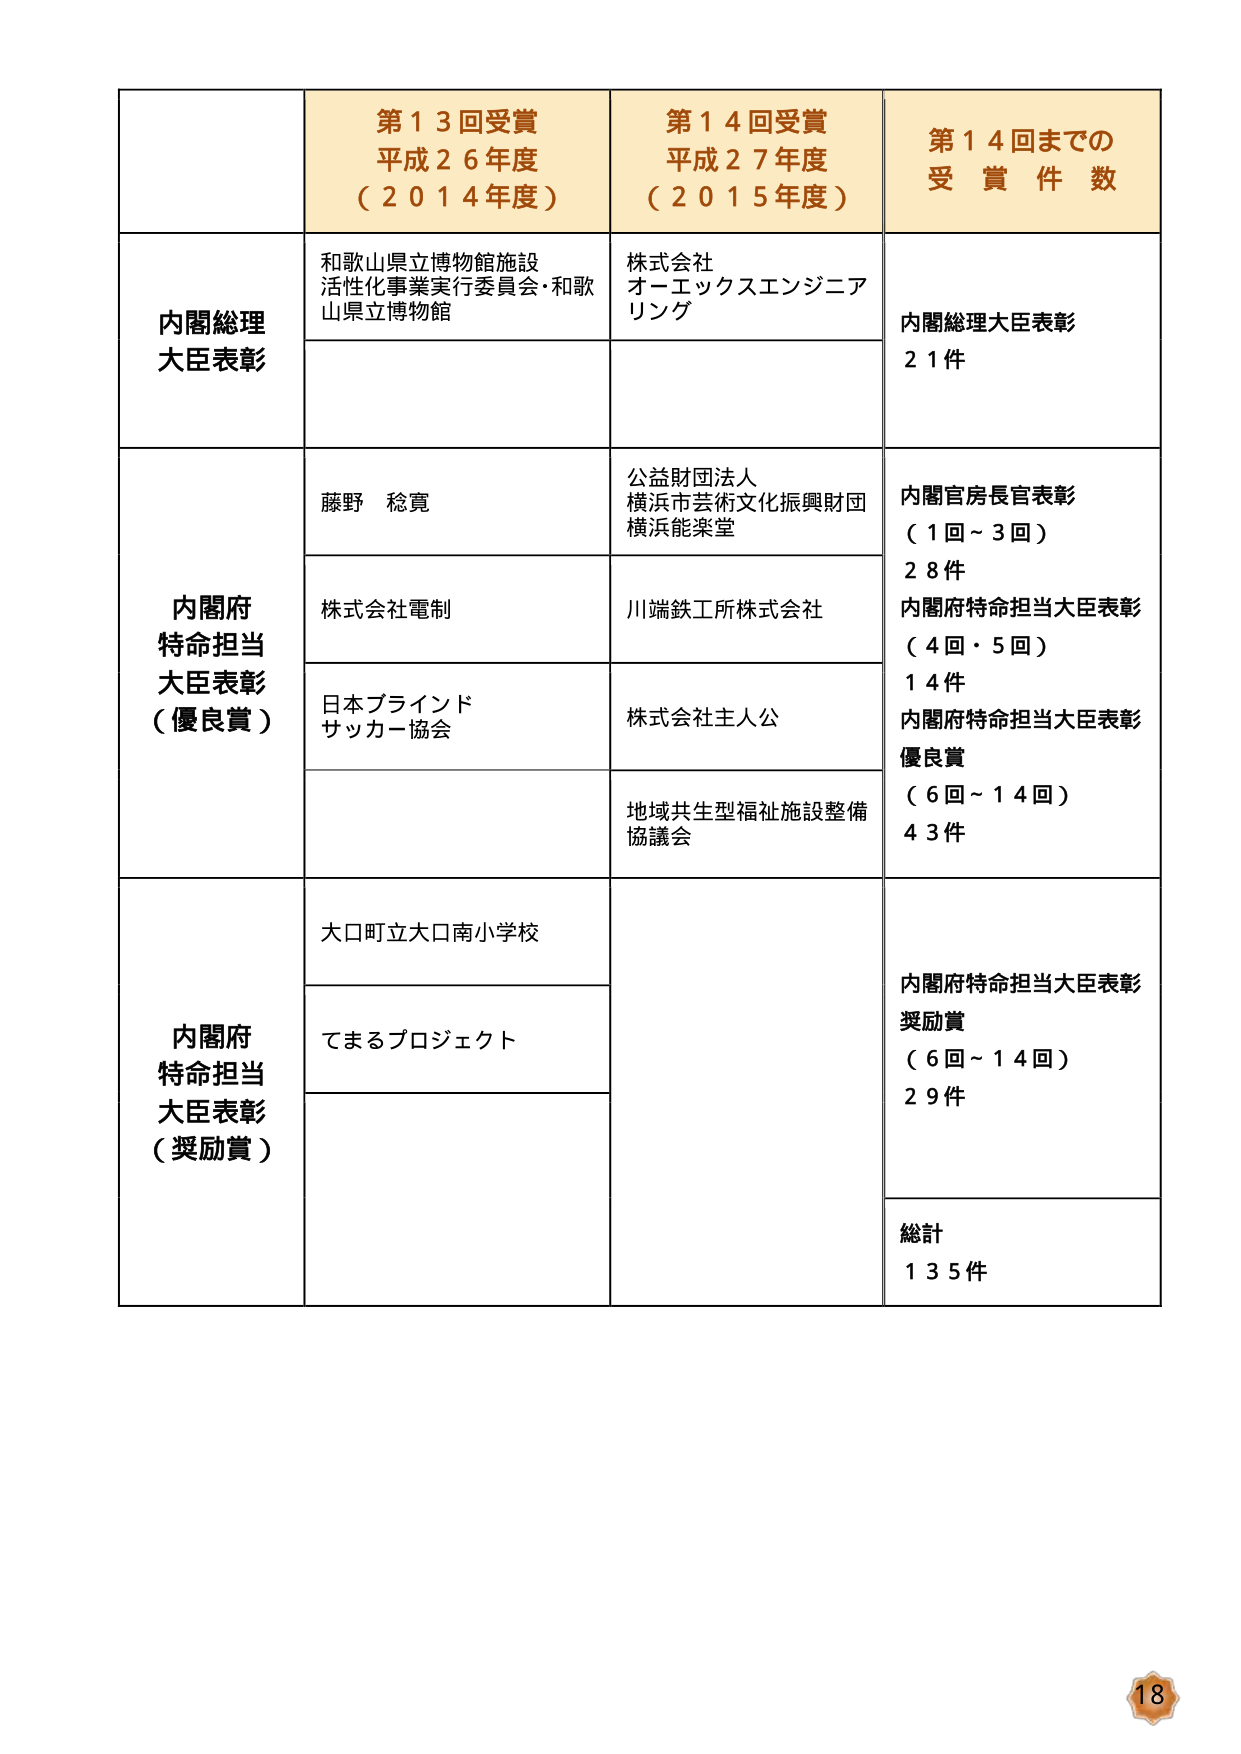
第１３回受賞
平成２６年度
（２０１４年度）

第１４回受賞
平成２７年度
（２０１５年度）

第１４回までの
受賞件数

内閣総理大臣表彰
和歌山県立博物館施設
活性化事業実行委員会・和歌
山県立博物館
株式会社
オーエックスエンジニア
リング
内閣総理大臣表彰
２１件

内閣府特命担当大臣表彰（優良賞）
藤野 稔寛
公益財団法人
横浜市芸術文化振興財団
横浜能楽堂
内閣官房長官表彰
（１回～３回）
２８件

株式会社電制
川端鉄工所株式会社
内閣府特命担当大臣表彰
（４回・５回）
１４件

日本ブラインド
サッカー協会
株式会社主人公
内閣府特命担当大臣表彰
優良賞
（６回～１４回）
４３件

地域共生型福祉施設整備
協議会

内閣府特命担当大臣表彰（奨励賞）
大口町立大口南小学校
内閣府特命担当大臣表彰
奨励賞
（６回～１４回）
２９件

てまるプロジェクト

総計
１３５件

18